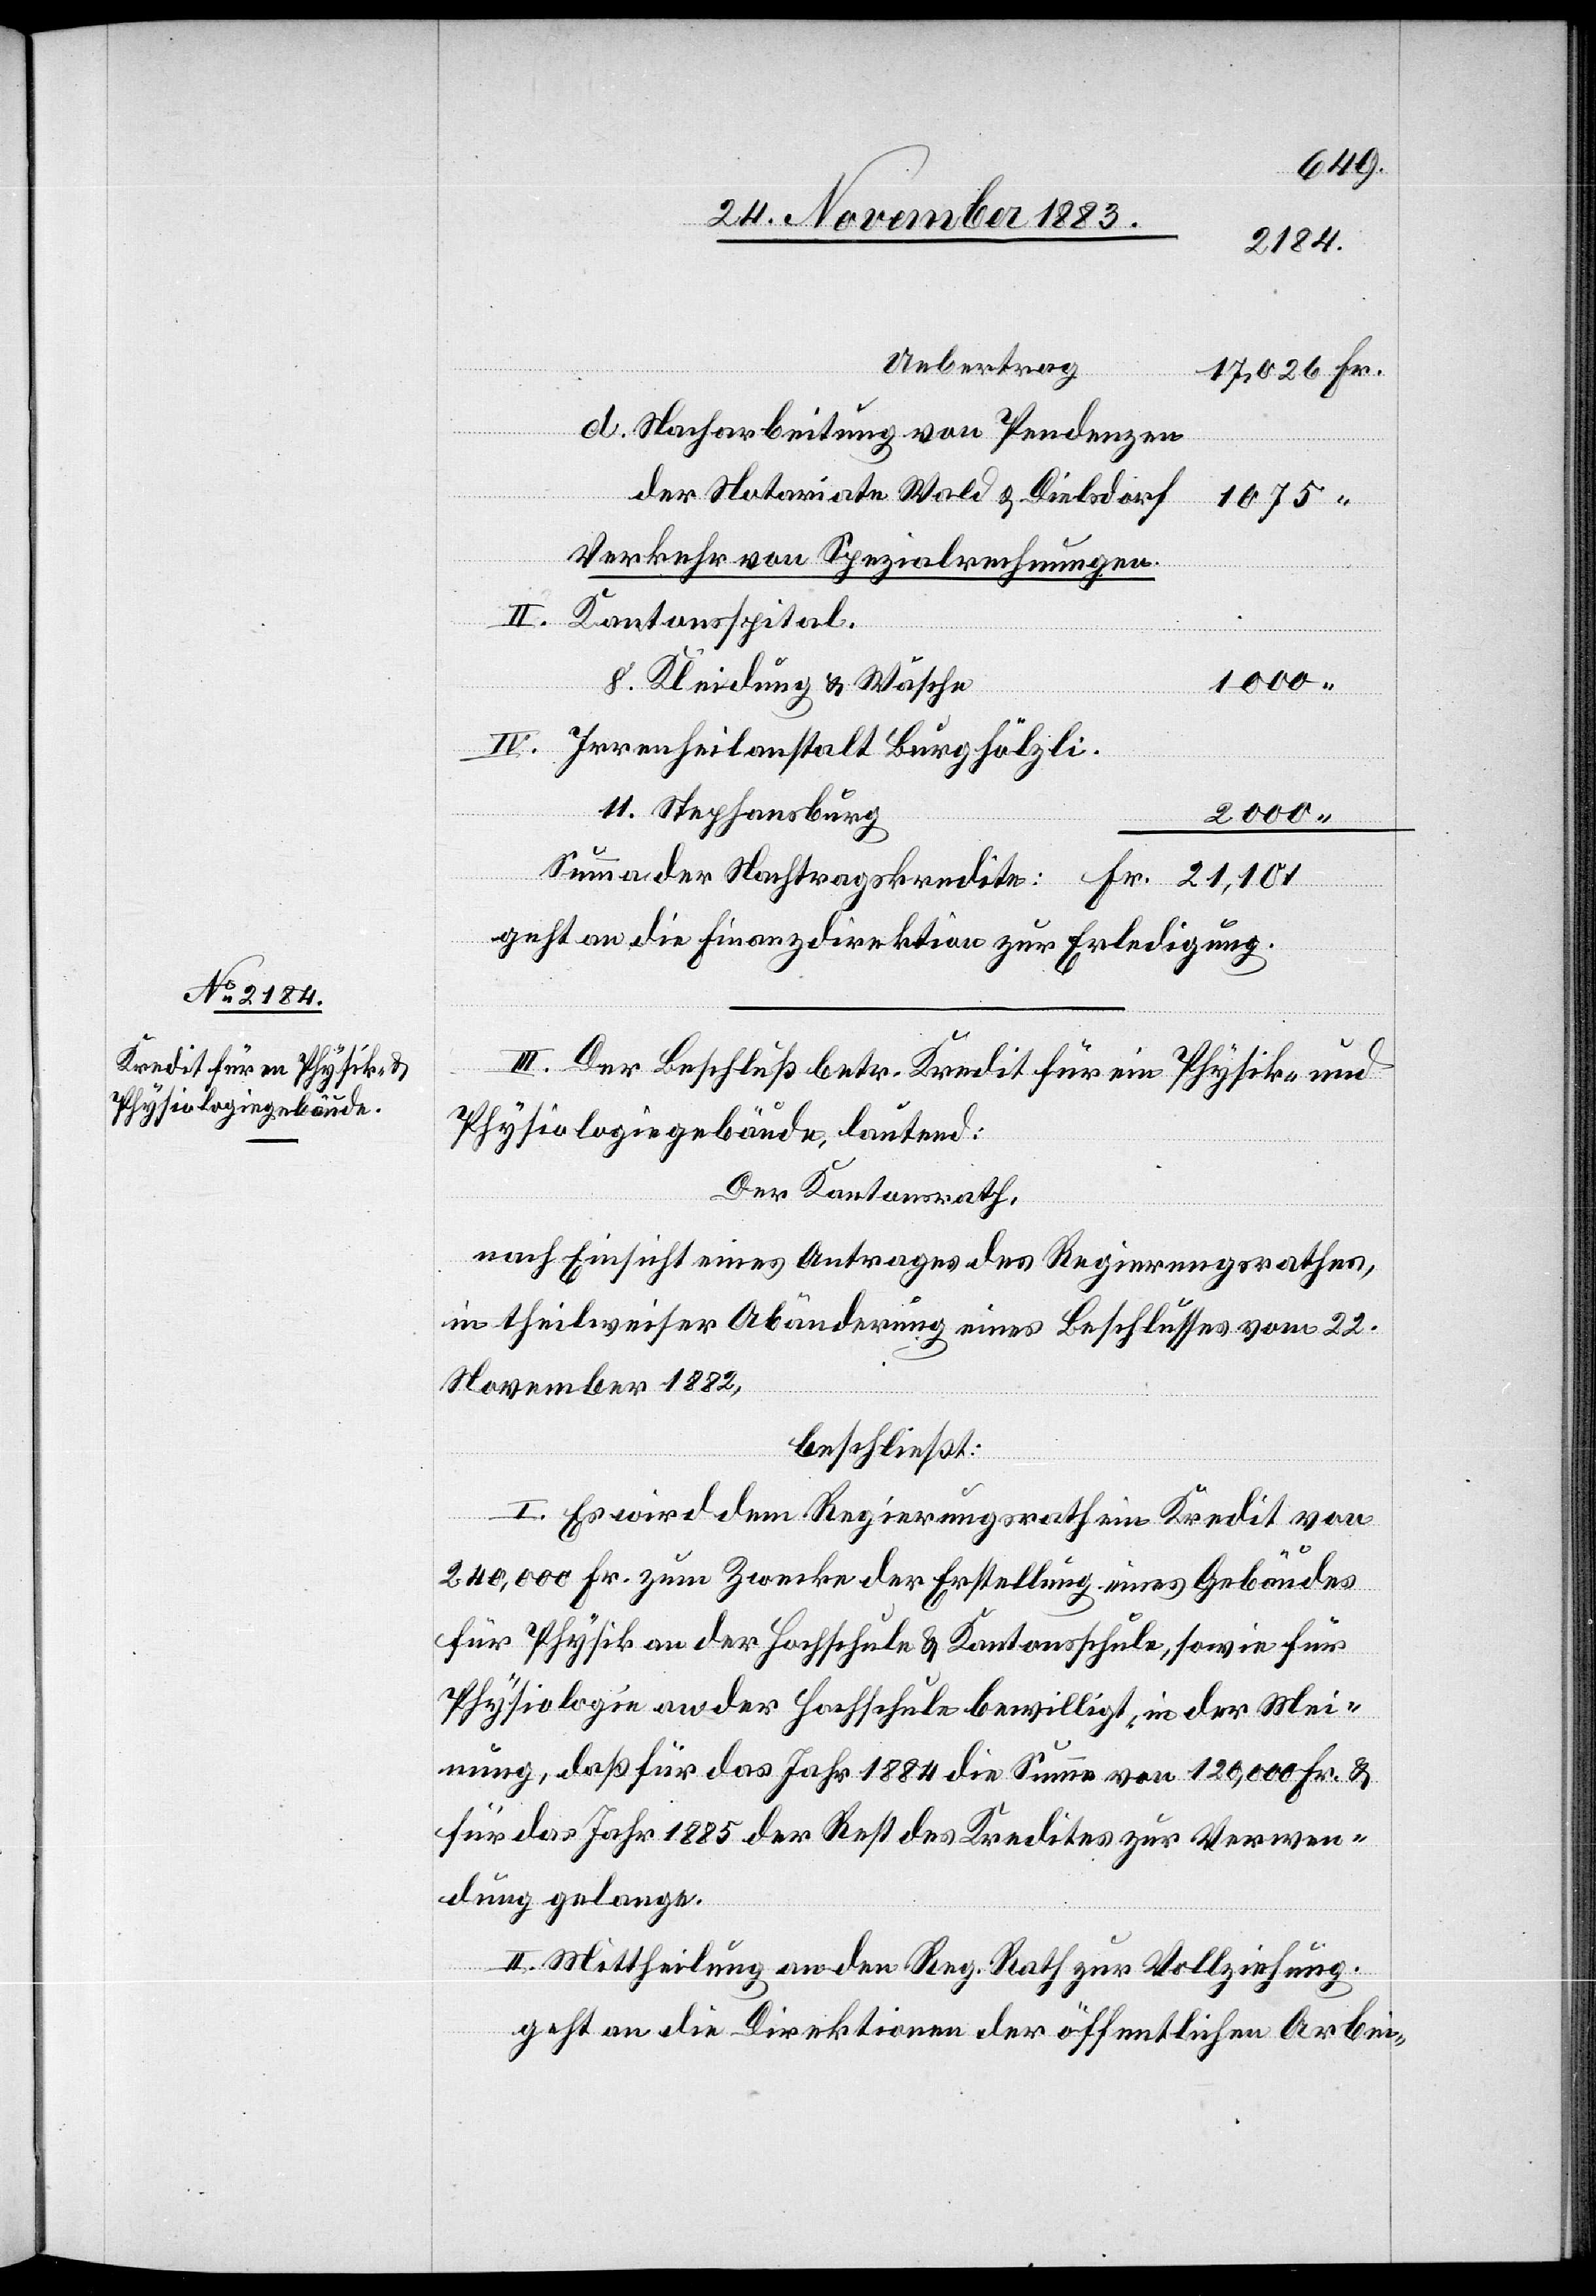
21,101
Uebertrag
d. Nacharbeitung von Pendenzen
der Notariate Wald & Dielsdorf
1075
Verkehr von Spezialrechnungen.
1000
8. Kleidung & Wäsche
Irrenheilanstalt Burghölzli.
11. Stephansburg
2000
geht an die Finanzdirektion zur Erledigung.
für
III. Der Beschluß betr. Kredit für ein Physik- und
Physiologiegebäude, lautend:
Der Kantonsrath,
nach Einsicht eines Antrages des Regierungsrathes,
in theilweiser Abänderung eines Beschlusses vom 22.
November 1882,
beschließt:
I. Es wird dem Regierungsrath ein Kredit von
240,000 Fr. zum Zwecke der Erstellung eines Gebäudes
Physik an der Hochschule bewilligt, in der Mei¬
nung, daß für das Jahr 1884 die Summe von 120,000 Fr. &
für das Jahr 1885 der Rest des Kredites zur Verwen¬
dung gelange.
II. Mittheilung an den Reg. Rath zur Vollziehung.
geht an die Direktionen der öffentlichen Arbei-